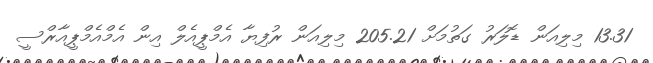
13.31 މިލިއަން ޑޮލަރު ގަތުމަށް 205.21 މިލިއަން ރުފިޔާ އެމްޕީއެލް އިން އެމްއެމްޕީއާރްސީ